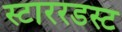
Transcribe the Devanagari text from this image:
स्टाररडस्ट